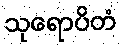
သုရောပိတံ